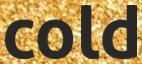
cold